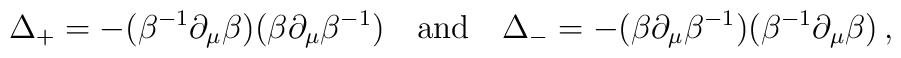
\Delta_+=-(\beta^{-1}\partial_\mu \beta )(\beta \partial_\mu \beta^{-1})\quad {\rm and}\quad\Delta_-=-(\beta \partial_\mu \beta^{-1})(\beta^{-1}\partial_\mu \beta )\,,